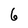
Character: 6